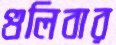
গুলিবার